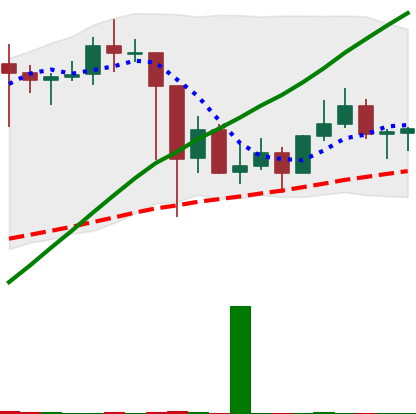
Ticker: LINK-USD
Chart end date: 2021-03-06
Forward return: 6.782%
Label: up_5_7